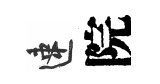
速院